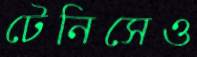
টেনিসেও